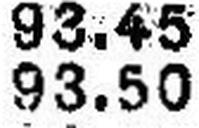
93.50